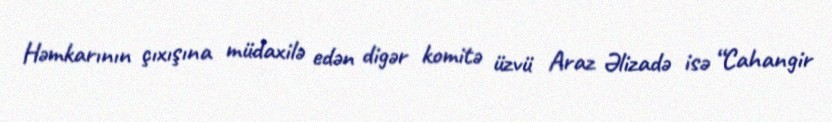
Həmkarının çıxışına müdaxilə edən digər komitə üzvü Araz Əlizadə isə “Cahangir